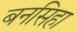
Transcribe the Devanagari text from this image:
बनसिहा